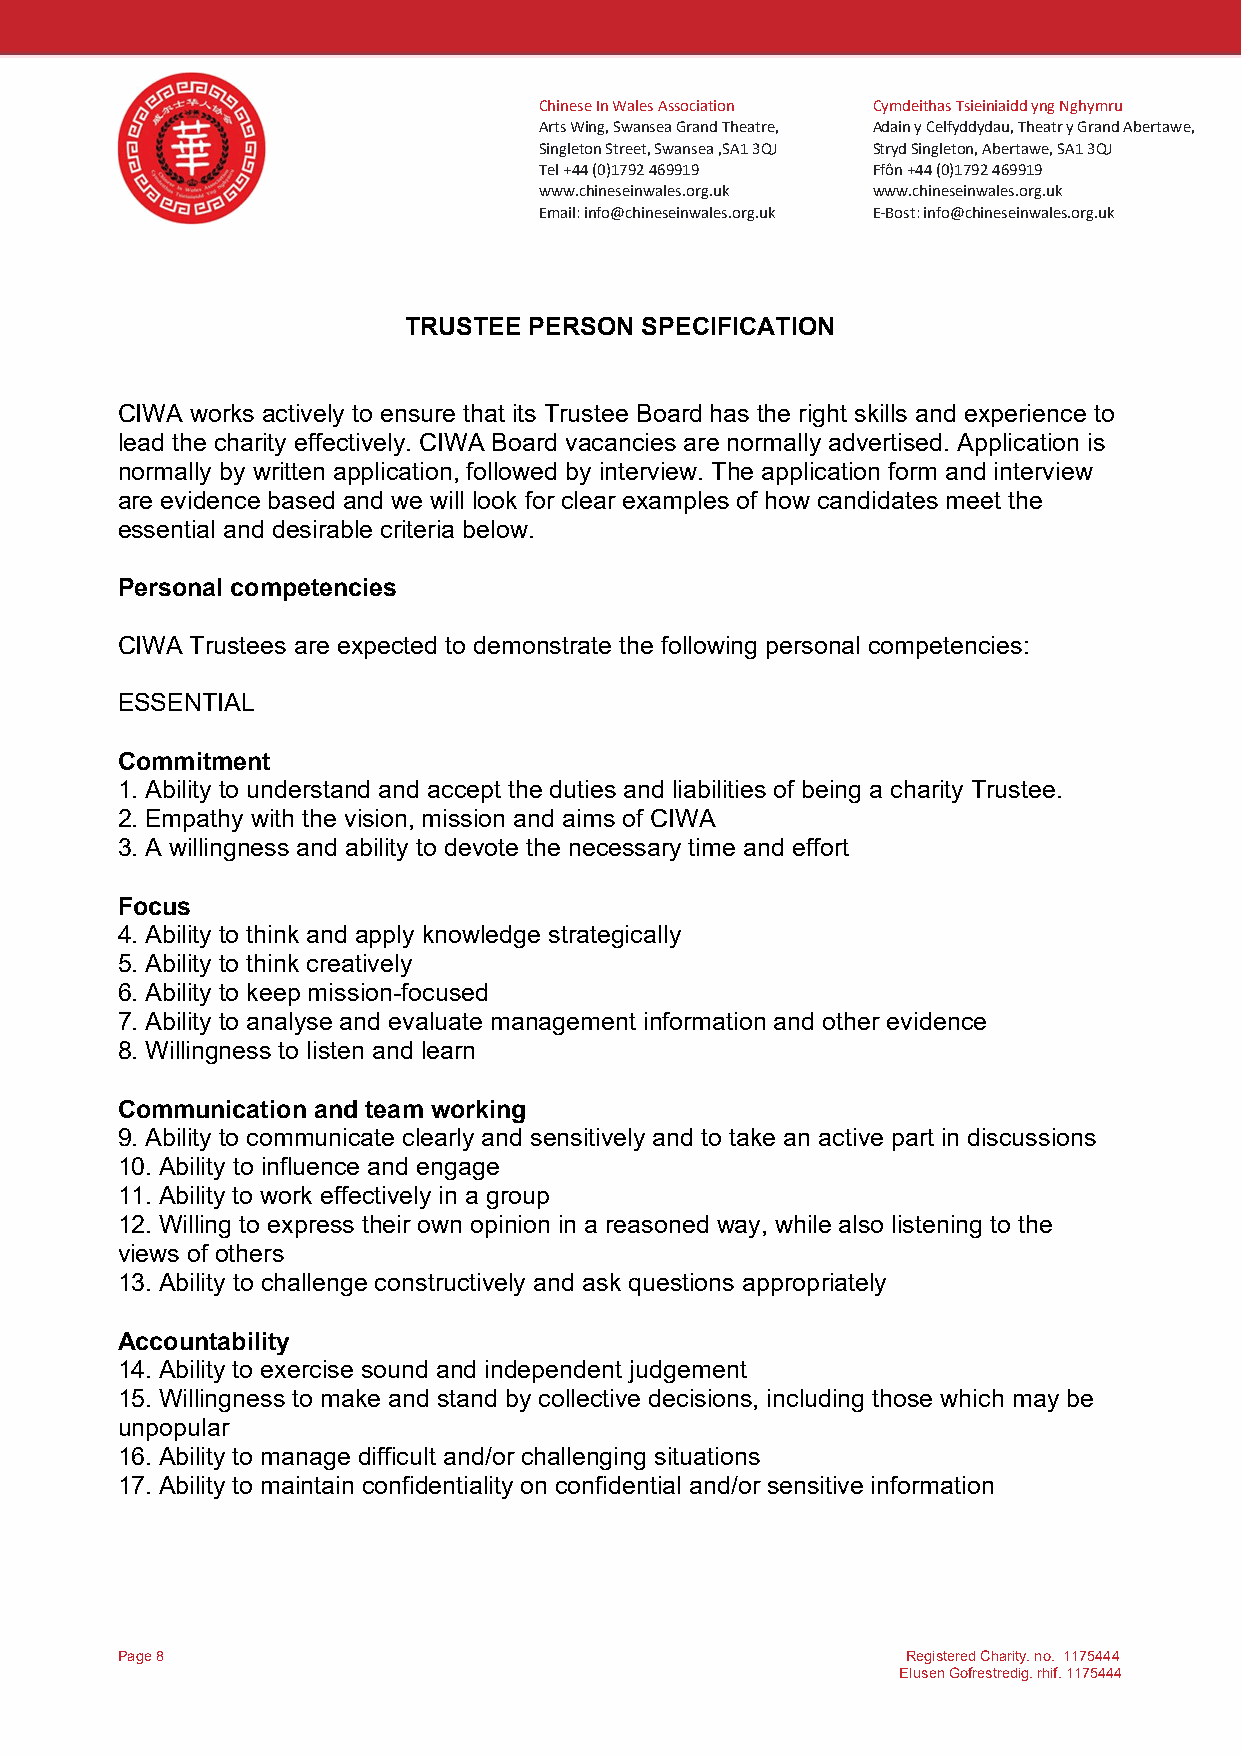
Chinese In Wales Association Cymdeithas Tsieiniaidd yng Nghymru
 Arts Wing, Swansea Grand Theatre, Adain y Celfyddydau, Theatr y Grand Abertawe,
 Singleton Street, Swansea ,SA1 3QJ Stryd Singleton, Abertawe, SA1 3QJ
 Tel +44 (0)1792 469919 Ffôn +44 (0)1792 469919
 www.chineseinwales.org.uk www.chineseinwales.org.uk
 Email: info@chineseinwales.org.uk E-Bost: info@chineseinwales.org.uk
 TRUSTEE PERSON SPECIFICATION
 CIWA works actively to ensure that its Trustee Board has the right skills and experience to
 lead the charity effectively. CIWA Board vacancies are normally advertised. Application is
 normally by written application, followed by interview. The application form and interview
 are evidence based and we will look for clear examples of how candidates meet the
 essential and desirable criteria below.
 Personal competencies
 CIWA Trustees are expected to demonstrate the following personal competencies:
 ESSENTIAL
 Commitment
 1. Ability to understand and accept the duties and liabilities of being a charity Trustee.
 2. Empathy with the vision, mission and aims of CIWA
 3. A willingness and ability to devote the necessary time and effort
 Focus
 4. Ability to think and apply knowledge strategically
 5. Ability to think creatively
 6. Ability to keep mission-focused
 7. Ability to analyse and evaluate management information and other evidence
 8. Willingness to listen and learn
 Communication and team working
 9. Ability to communicate clearly and sensitively and to take an active part in discussions
 10. Ability to influence and engage
 11. Ability to work effectively in a group
 12. Willing to express their own opinion in a reasoned way, while also listening to the
 views of others
 13. Ability to challenge constructively and ask questions appropriately
 Accountability
 14. Ability to exercise sound and independent judgement
 15. Willingness to make and stand by collective decisions, including those which may be
 unpopular
 16. Ability to manage difficult and/or challenging situations
 17. Ability to maintain confidentiality on confidential and/or sensitive information
 Page 8                                              Registered Charity. no. 1175444
 Elusen Gofrestredig. rhif. 1175444